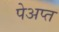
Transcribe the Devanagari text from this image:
पेअप्त